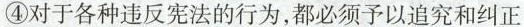
④对于各种违反宪法的行为，都必须予以追究和纠正